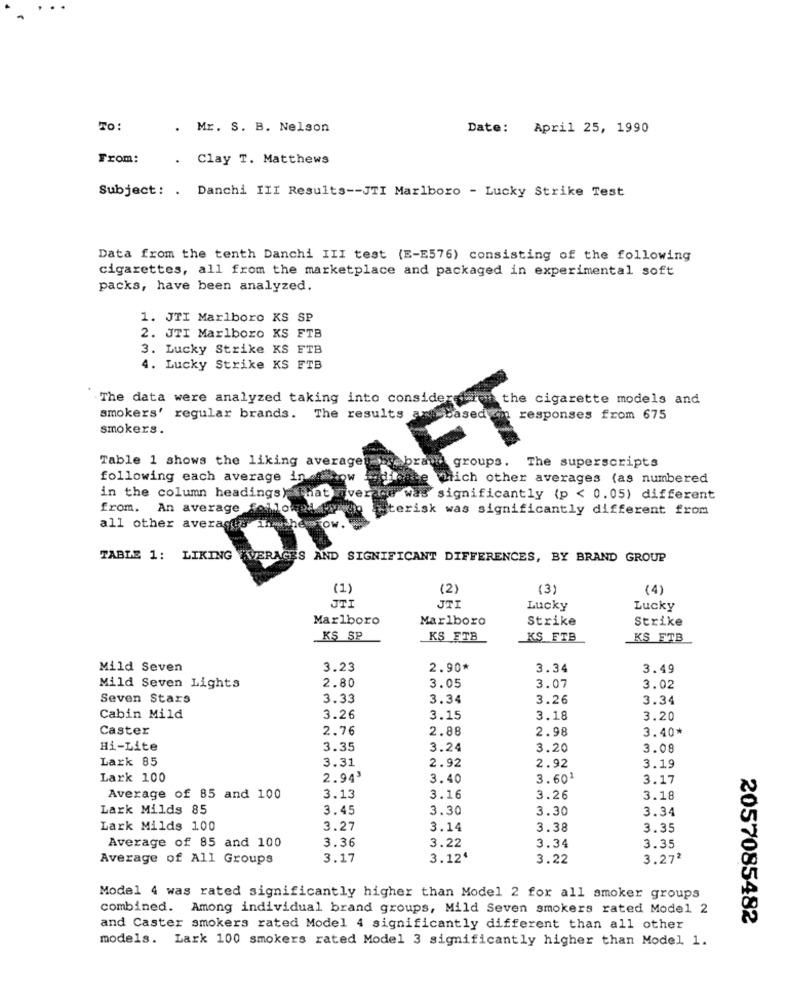
TO:
. Mr. S. B. Nelson
Date: April 25, 1990
From:
. Clay T. Matthews
Subject: . Danchi III Results -- JTI Marlboro - Lucky Strike Test
Data from the tenth Danchi III test (E-E576) consisting of the following
cigarettes, all from the marketplace and packaged in experimental soft
packs, have been analyzed.
1. JTI Marlboro KS SP
2. JTI Marlboro KS FTB
3. Lucky Strike KS FTB
4. Lucky Strike KS FTB
.The data were analyzed taking into considere
the cigarette models and
smokers' regular brands. The results am
responses from 675
smokers.
T
Table 1 shows the liking averages-
br
groups. The superscripts
following each average in
rich other averages (as numbered
in the column headings)
is significantly (p < 0.05) different
from. An average follow
erisk was significantly different from
all other averant
TABLE 1: LIKING KVERAGES AND SIGNIFICANT DIFFERENCES, BY BRAND GROUP
(1)
(2)
(3)
(4)
JTI
JTI
Lucky
Lucky
Marlboro
Marlboro
Strike
Strike
KS SP
KS_FTB
KS FTB
KS ETB
Mild Seven
3.23
2.90*
3.34
3.49
2.80
Mild Seven Lights
3.05
3.07
3.02
Seven Stars
3.33
3.34
3.26
3.34
Cabin Mild
3.26
3.15
3.18
3.20
Caster
2.76
2.88
2.98
3.40*
Hi-Lite
3.35
3.24
3.20
3.08
Lark 85
3.31
2.92
2.92
3.19
Lark 100
2.94'
3.40
3.601
3.17
Average of 85 and 100
3.13
3.16
3.26
3.18
Lark Milds 85
3.45
3.30
3.30
3.34
Lark Milds 100
3.27
3.14
3.38
3.35
3.36
3.22
Average of 85 and 100
3.34
3.35
Average of All Groups
3.17
3.12'
3.22
3.272
Model 4 was rated significantly higher than Model 2 for all smoker groups
combined. Among individual brand groups, Mild Seven smokers rated Model 2
2057085482
and Caster smokers rated Model 4 significantly different than all other
models. Lark 100 smokers rated Model 3 significantly higher than Model 1.